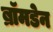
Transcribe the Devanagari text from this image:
ब्रॉमडेन